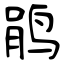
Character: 鹃